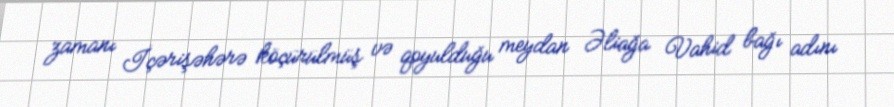
zamanı İçərişəhərə köçürülmüş və qoyulduğu meydan Əliağa Vahid bağı adını